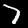
Label: 7